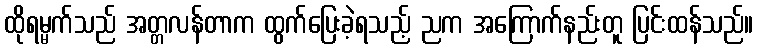
ထိုရမ္မက်သည် အတ္တလန်တာက ထွက်ပြေးခဲ့ရသည့် ညက အကြောက်နည်းတူ ပြင်းထန်သည်။